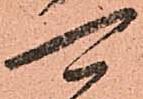
可